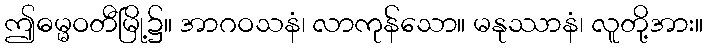
ဤဓမ္မဝတီမြို့၌။ အာဂဝသနံ၊ လာကုန်သော။ မနုဿာနံ၊ လူတို့အား။